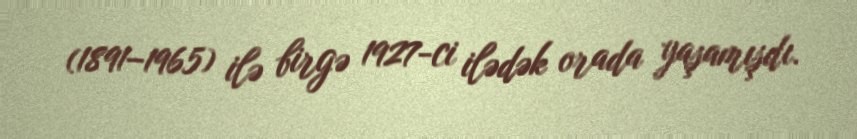
(1891–1965) ilə birgə 1927-ci ilədək orada yaşamışdı.